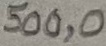
Text: 500,0